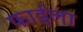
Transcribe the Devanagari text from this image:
फाईला